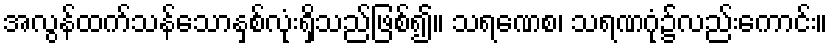
အလွန်ထက်သန်သောနှစ်လုံးရှိသည်ဖြစ်၍။ သရဏေစ၊ သရဏဂုံ၌လည်းကောင်း။